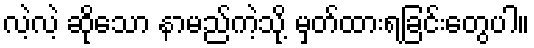
လဲ့လဲ့ ဆိုသော နာမည်ကဲ့သို့ မှတ်ထားရခြင်းတွေပါ။